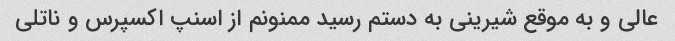
عالی و به موقع شیرینی به دستم رسید ممنونم از اسنپ اکسپرس و ناتلی